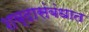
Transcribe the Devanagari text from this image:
शब्दासंबंधात